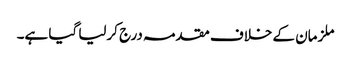
ملزمان کے خلاف مقدمہ درج کرلیا گیا ہے۔